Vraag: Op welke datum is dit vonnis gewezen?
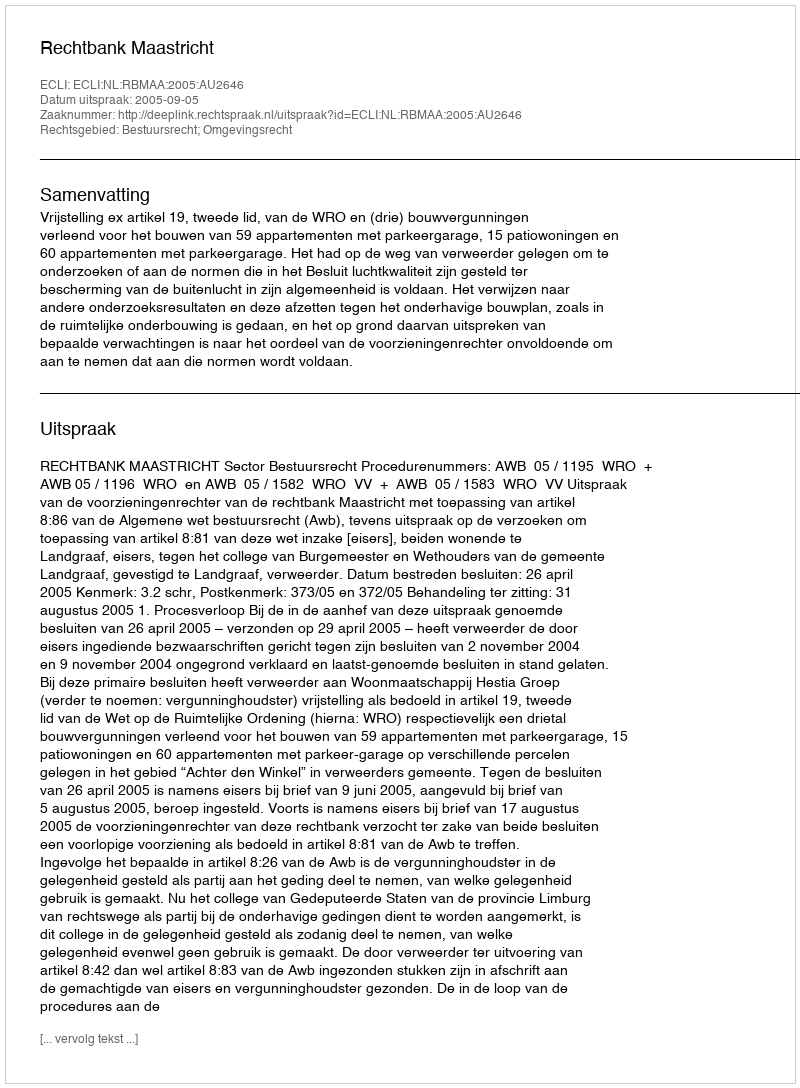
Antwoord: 2005-09-05